画像に写った文字を読んでください
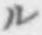
「ル」と書いてあります